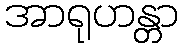
အာရုဟန္တာ